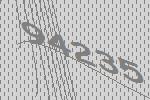
94235